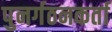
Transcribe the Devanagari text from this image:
पुनर्गठनकर्ता